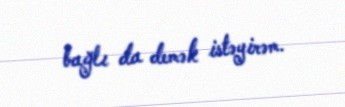
bağlı da demək istəyirəm.